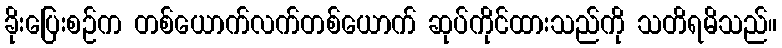
ခိုးပြေးစဉ်က တစ်ယောက်လက်တစ်ယောက် ဆုပ်ကိုင်ထားသည်ကို သတိရမိသည်။